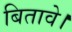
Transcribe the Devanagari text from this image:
बितावे।